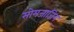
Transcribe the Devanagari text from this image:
सोमजाजिन्